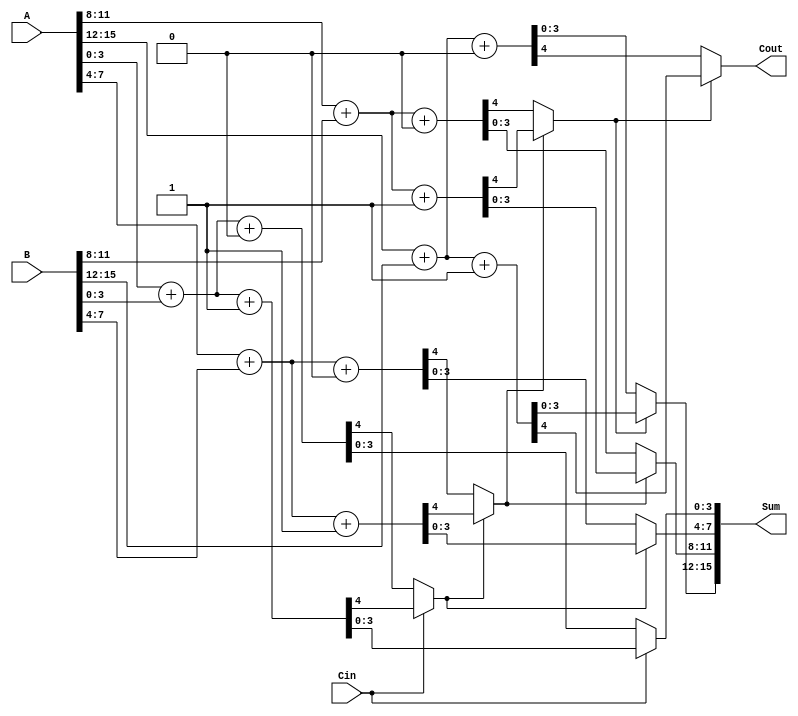
module HybridCarrySelectAdder #(
    parameter N = 16, // Total bit width
    parameter M = 4   // Block size
)(
    input [N-1:0] A,    // First input
    input [N-1:0] B,    // Second input
    input Cin,          // Carry-in
    output [N-1:0] Sum, // Sum output
    output Cout         // Carry-out
);

    localparam NUM_BLOCKS = N / M; // Number of blocks
    wire [M-1:0] S0 [0:NUM_BLOCKS-1]; // Sum when carry-in is 0
    wire [M-1:0] S1 [0:NUM_BLOCKS-1]; // Sum when carry-in is 1
    wire C0 [0:NUM_BLOCKS-1];         // Carry-out when carry-in is 0
    wire C1 [0:NUM_BLOCKS-1];         // Carry-out when carry-in is 1
    wire [NUM_BLOCKS-1:0] carry;      // Carry signals between blocks

    genvar i;
    generate
        for (i = 0; i < NUM_BLOCKS; i = i + 1) begin : block
            wire [M-1:0] A_block = A[M*i +: M]; // Extracting block from A
            wire [M-1:0] B_block = B[M*i +: M]; // Extracting block from B

            // Full adders for carry-in 0
            assign {C0[i], S0[i]} = A_block + B_block + 1'b0;
            // Full adders for carry-in 1
            assign {C1[i], S1[i]} = A_block + B_block + 1'b1;

            // Connect carry outputs for the next block
            if (i > 0) begin
                assign carry[i] = (carry[i-1] ? C1[i-1] : C0[i-1]);
            end else begin
                assign carry[i] = Cin;
            end
        end
    endgenerate

    // MUX to select final sum and carry out based on carry input
    generate
        for (i = 0; i < NUM_BLOCKS; i = i + 1) begin : mux
            assign Sum[M*i +: M] = (carry[i] ? S1[i] : S0[i]);
        end
    endgenerate

    // Final carry out will be the carry out from the last block
    assign Cout = carry[NUM_BLOCKS-1] ? C1[NUM_BLOCKS-1] : C0[NUM_BLOCKS-1];

endmodule